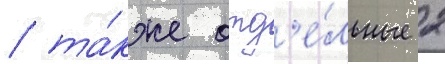
/ та́кже отд'е́льные 2